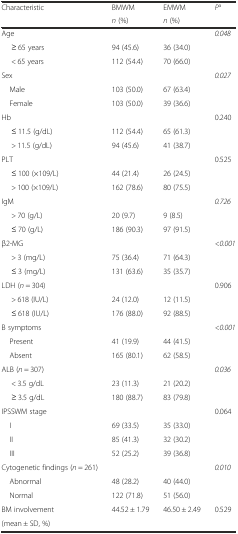
<table><thead><tr><td rowspan="2"><b>Characteristic</b></td><td><b>BMWM</b></td><td><b>EMWM</b></td><td rowspan="2"><b><i>P</i><sup>a</sup></b></td></tr><tr><td><b><i>n</i> (%)</b></td><td><b><i>n</i> (%)</b></td></tr></thead><tbody><tr><td>Age</td><td></td><td></td><td rowspan="3"><i>0.048</i></td></tr><tr><td>≥ 65 years</td><td>94 (45.6)</td><td>36 (34.0)</td></tr><tr><td>&lt; 65 years</td><td>112 (54.4)</td><td>70 (66.0)</td></tr><tr><td>Sex</td><td></td><td></td><td rowspan="3"><i>0.027</i></td></tr><tr><td> Male</td><td>103 (50.0)</td><td>67 (63.4)</td></tr><tr><td> Female</td><td>103 (50.0)</td><td>39 (36.6)</td></tr><tr><td>Hb</td><td></td><td></td><td rowspan="3">0.240</td></tr><tr><td>≤ 11.5 (g/dL)</td><td>112 (54.4)</td><td>65 (61.3)</td></tr><tr><td>&gt; 11.5 (g/dL)</td><td>94 (45.6)</td><td>41 (38.7)</td></tr><tr><td>PLT</td><td></td><td></td><td rowspan="3">0.525</td></tr><tr><td>≤ 100 (×109/L)</td><td>44 (21.4)</td><td>26 (24.5)</td></tr><tr><td>&gt; 100 (×109/L)</td><td>162 (78.6)</td><td>80 (75.5)</td></tr><tr><td>IgM</td><td></td><td></td><td rowspan="3"><i>0.726</i></td></tr><tr><td>&gt; 70 (g/L)</td><td>20 (9.7)</td><td>9 (8.5)</td></tr><tr><td>≤ 70 (g/L)</td><td>186 (90.3)</td><td>97 (91.5)</td></tr><tr><td>β2-MG</td><td></td><td></td><td rowspan="3"><i>&lt;0.001</i></td></tr><tr><td>&gt; 3 (mg/L)</td><td>75 (36.4)</td><td>71 (64.3)</td></tr><tr><td>≤ 3 (mg/L)</td><td>131 (63.6)</td><td>35 (35.7)</td></tr><tr><td>LDH (<i>n</i> = 304)</td><td></td><td></td><td rowspan="3">0.906</td></tr><tr><td>&gt; 618 (IU/L)</td><td>24 (12.0)</td><td>12 (11.5)</td></tr><tr><td>≤ 618 (IU/L)</td><td>176 (88.0)</td><td>92 (88.5)</td></tr><tr><td>B symptoms</td><td></td><td></td><td rowspan="3"><i>&lt;0.001</i></td></tr><tr><td> Present</td><td>41 (19.9)</td><td>44 (41.5)</td></tr><tr><td> Absent</td><td>165 (80.1)</td><td>62 (58.5)</td></tr><tr><td>ALB (<i>n</i> = 307)</td><td></td><td></td><td rowspan="3"><i>0.036</i></td></tr><tr><td>&lt; 3.5 g/dL</td><td>23 (11.3)</td><td>21 (20.2)</td></tr><tr><td>≥ 3.5 g/dL</td><td>180 (88.7)</td><td>83 (79.8)</td></tr><tr><td>IPSSWM stage</td><td></td><td></td><td rowspan="4">0.064</td></tr><tr><td> I</td><td>69 (33.5)</td><td>35 (33.0)</td></tr><tr><td> II</td><td>85 (41.3)</td><td>32 (30.2)</td></tr><tr><td> III</td><td>52 (25.2)</td><td>39 (36.8)</td></tr><tr><td>Cytogenetic findings (<i>n</i> = 261)</td><td></td><td></td><td rowspan="3"><i>0.010</i></td></tr><tr><td> Abnormal</td><td>48 (28.2)</td><td>40 (44.0)</td></tr><tr><td> Normal</td><td>122 (71.8)</td><td>51 (56.0)</td></tr><tr><td>BM involvement</td><td rowspan="2">44.52 ± 1.79</td><td rowspan="2">46.50 ± 2.49</td><td rowspan="2">0.529</td></tr><tr><td>(mean ± SD, %)</td></tr></tbody></table>